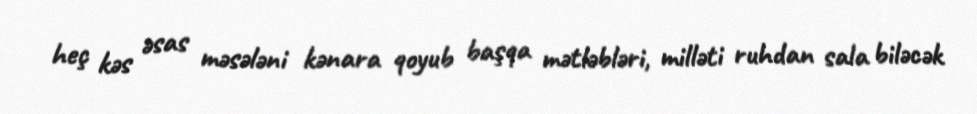
heç kəs əsas məsələni kənara qoyub başqa mətləbləri, milləti ruhdan sala biləcək